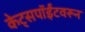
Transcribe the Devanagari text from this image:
केट्सपॉईंटवरून